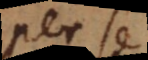
per se